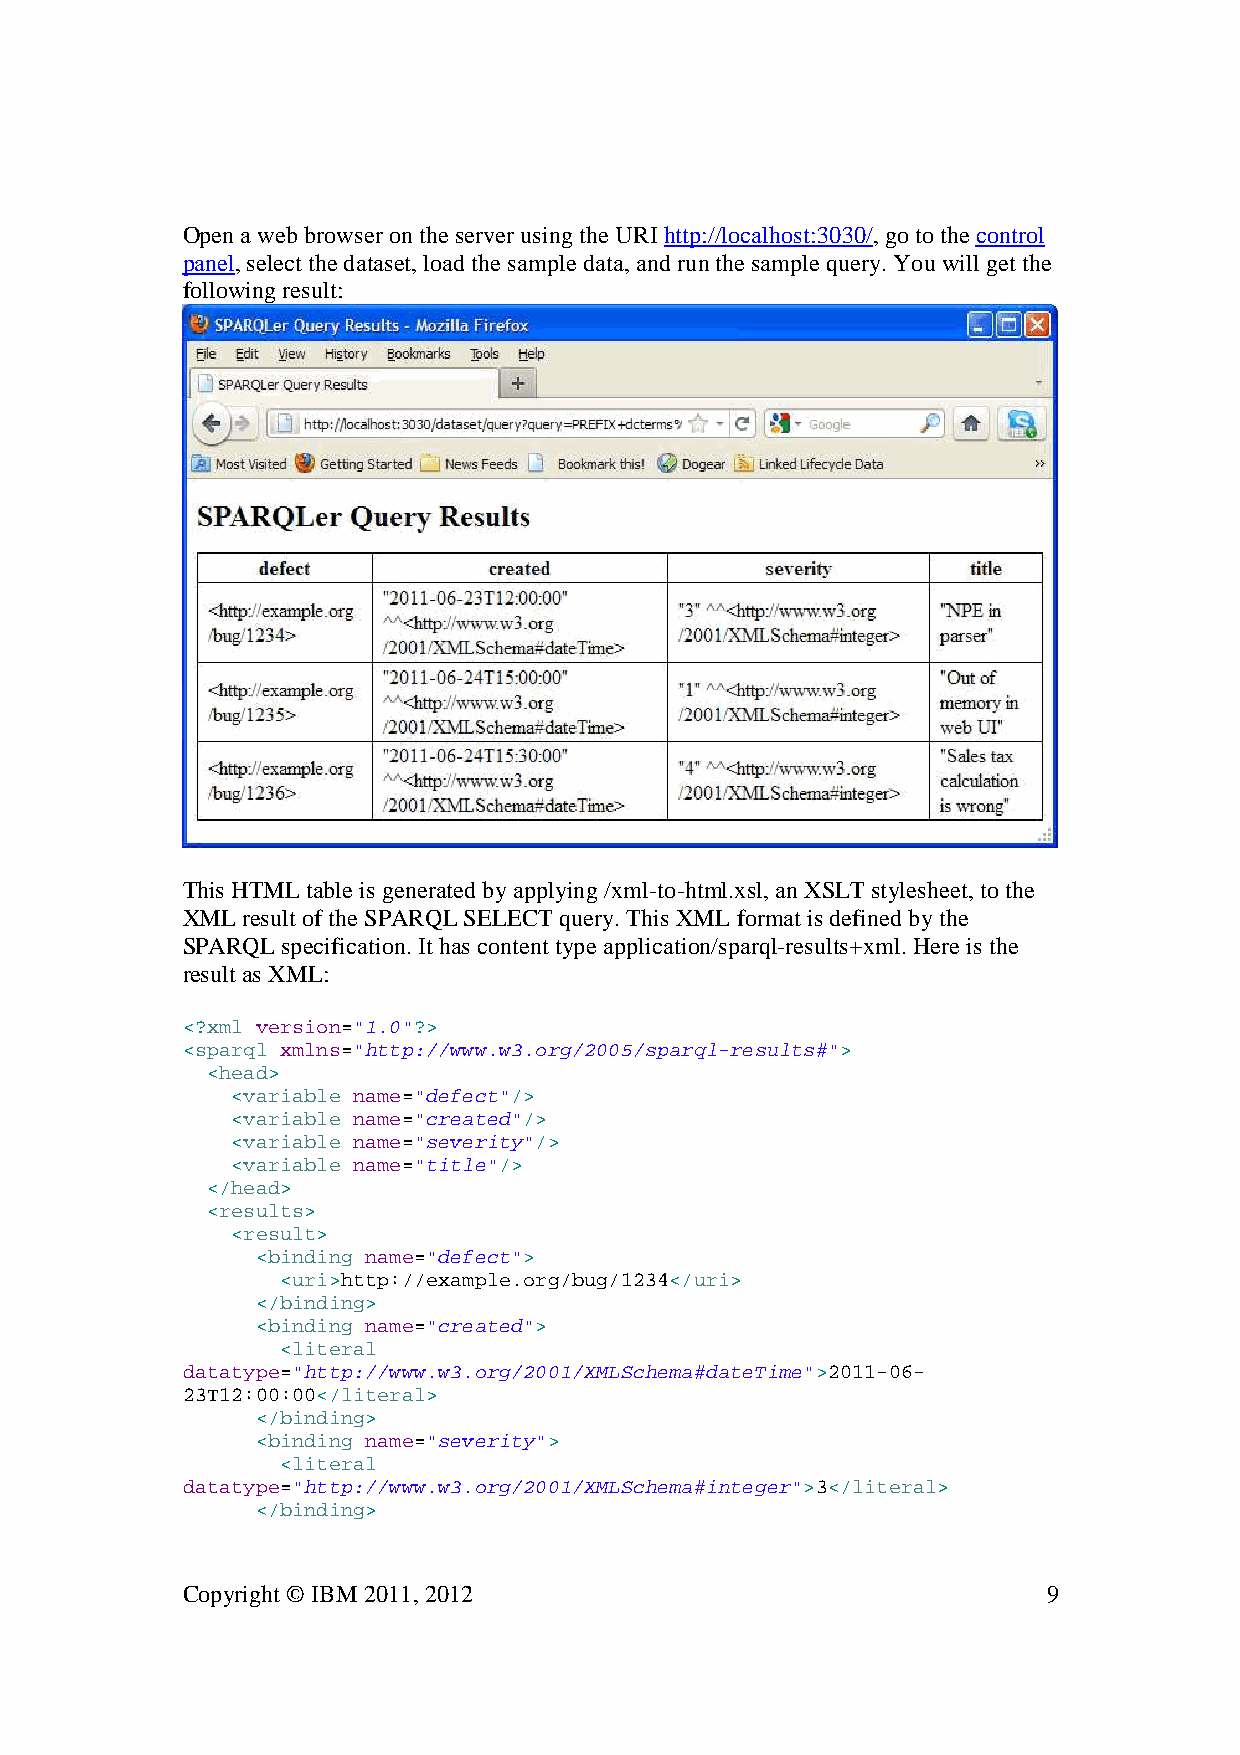
Open a web browser on the server using the URI http://localhost:3030/, go to the control
 panel, select the dataset, load the sample data, and run the sample query. You will get the
 following result:
 This HTML table is generated by applying /xml-to-html.xsl, an XSLT stylesheet, to the
 XML result of the SPARQL SELECT query. This XML format is defined by the
 SPARQL specification. It has content type application/sparql-results+xml. Here is the
 result as XML:
 <?xml version="1.0"?>
 <sparql xmlns="http://www.w3.org/2005/sparql-results#">
 <head>
 <variable name="defect"/>
 <variable name="created"/>
 <variable name="severity"/>
 <variable name="title"/>
 </head>
 <results>
 <result>
 <binding name="defect">
 <uri>http://example.org/bug/1234</uri>
 </binding>
 <binding name="created">
 <literal
 datatype="http://www.w3.org/2001/XMLSchema#dateTime">2011-06-
 23T12:00:00</literal>
 </binding>
 <binding name="severity">
 <literal
 datatype="http://www.w3.org/2001/XMLSchema#integer">3</literal>
 </binding>
 Copyright © IBM 2011, 2012                               9